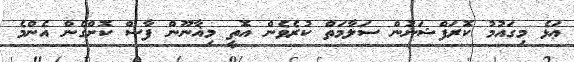
ޢަޅެ މިގައުމު ކޮރަފްޝަނުން ސަލާމަތް ކުރެވެން އޮތީ މިޣާނޫން ފާސް ކޮށްގެން އެންމެ